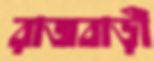
রাজবাড়ী